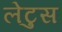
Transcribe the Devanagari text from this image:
लेटुस